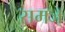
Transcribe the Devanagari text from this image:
समज्